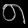
Digit: ၈